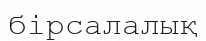
бірсалалық